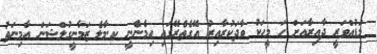
މަޑުއްވަރީ ދާއިރާއަށް ހަ މީހަކު ވާދަކުރާއިރު އޭގެތެރޭގައި ހިމެނެނީ ކ.މާލެ ޒަމާނީގުލްޝަން އާމިނަތު